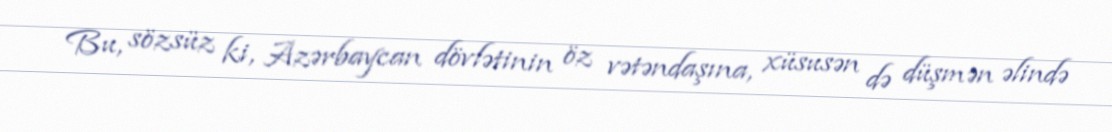
Bu, sözsüz ki, Azərbaycan dövlətinin öz vətəndaşına, xüsusən də düşmən əlində